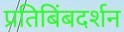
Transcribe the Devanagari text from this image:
प्रतिबिंबदर्शन